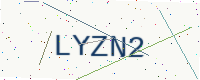
Text: LYZN2